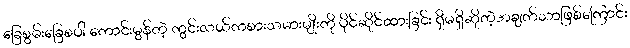
ခြေစွမ်းခြေစပါ ကောင်းမွန်တဲ့ ကွင်းလယ်ကစားသမားမျိုးကို ပိုင်ဆိုင်ထားခြင်း ရှိမရှိဆိုတဲ့အချက်သာဖြစ်ကြောင်း